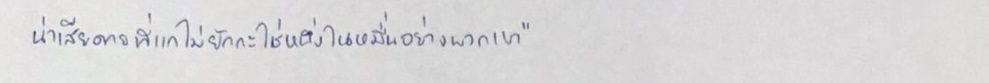
น่าเสียดายที่แกไม่ยักกะใช่หนึ่งในหมื่นอย่างพวกเขา"